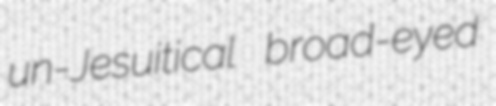
un-Jesuitical broad-eyed